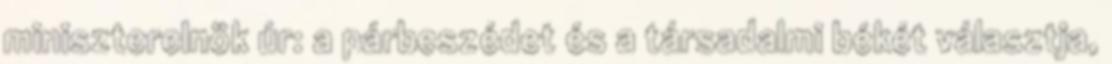
miniszterelnök úr: a párbeszédet és a társadalmi békét választja,